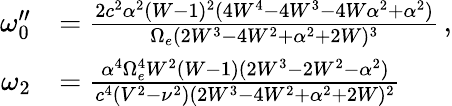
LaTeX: \begin{array}{rl}{\omega_{0}^{\prime\prime}}&{=\frac{2c^{2}\alpha^{2}(W-1)^{2}(4W^{4}-4W^{3}-4W\alpha^{2}+\alpha^{2})}{\Omega_{e}(2W^{3}-4W^{2}+\alpha^{2}+2W)^{3}}\, ,}\\ {\omega_{2}}&{=\frac{\alpha^{4}\Omega_{e}^{4}W^{2}(W-1)(2W^{3}-2W^{2}-\alpha^{2})}{c^{4}(V^{2}-\nu^{2})(2W^{3}-4W^{2}+\alpha^{2}+2W)^{2}}}\end{array}